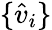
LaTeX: \{ \hat{v}_{i}\}